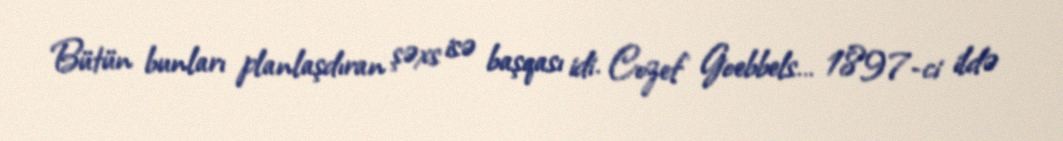
Bütün bunları planlaşdıran şəxs isə başqası idi. Cozef Goebbels… 1897-ci ildə